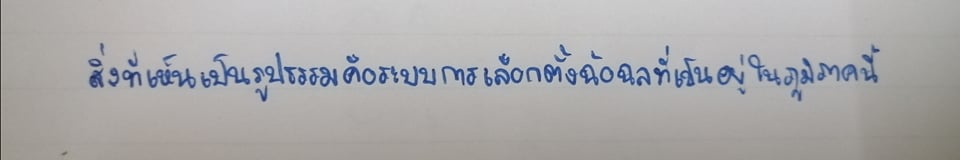
สิ่งที่เห็นเป็นรูปธรรมคือระบบการเลือกตั้งฉ้อฉลที่เป็นอยู่ในภูมิภาคนี้